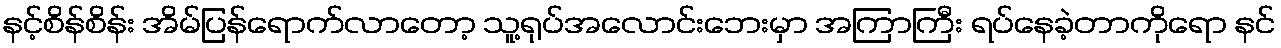
နင့်စိန်စိန်း အိမ်ပြန်ရောက်လာတော့ သူ့ရုပ်အလောင်းဘေးမှာ အကြာကြီး ရပ်နေခဲ့တာကိုရော နင်